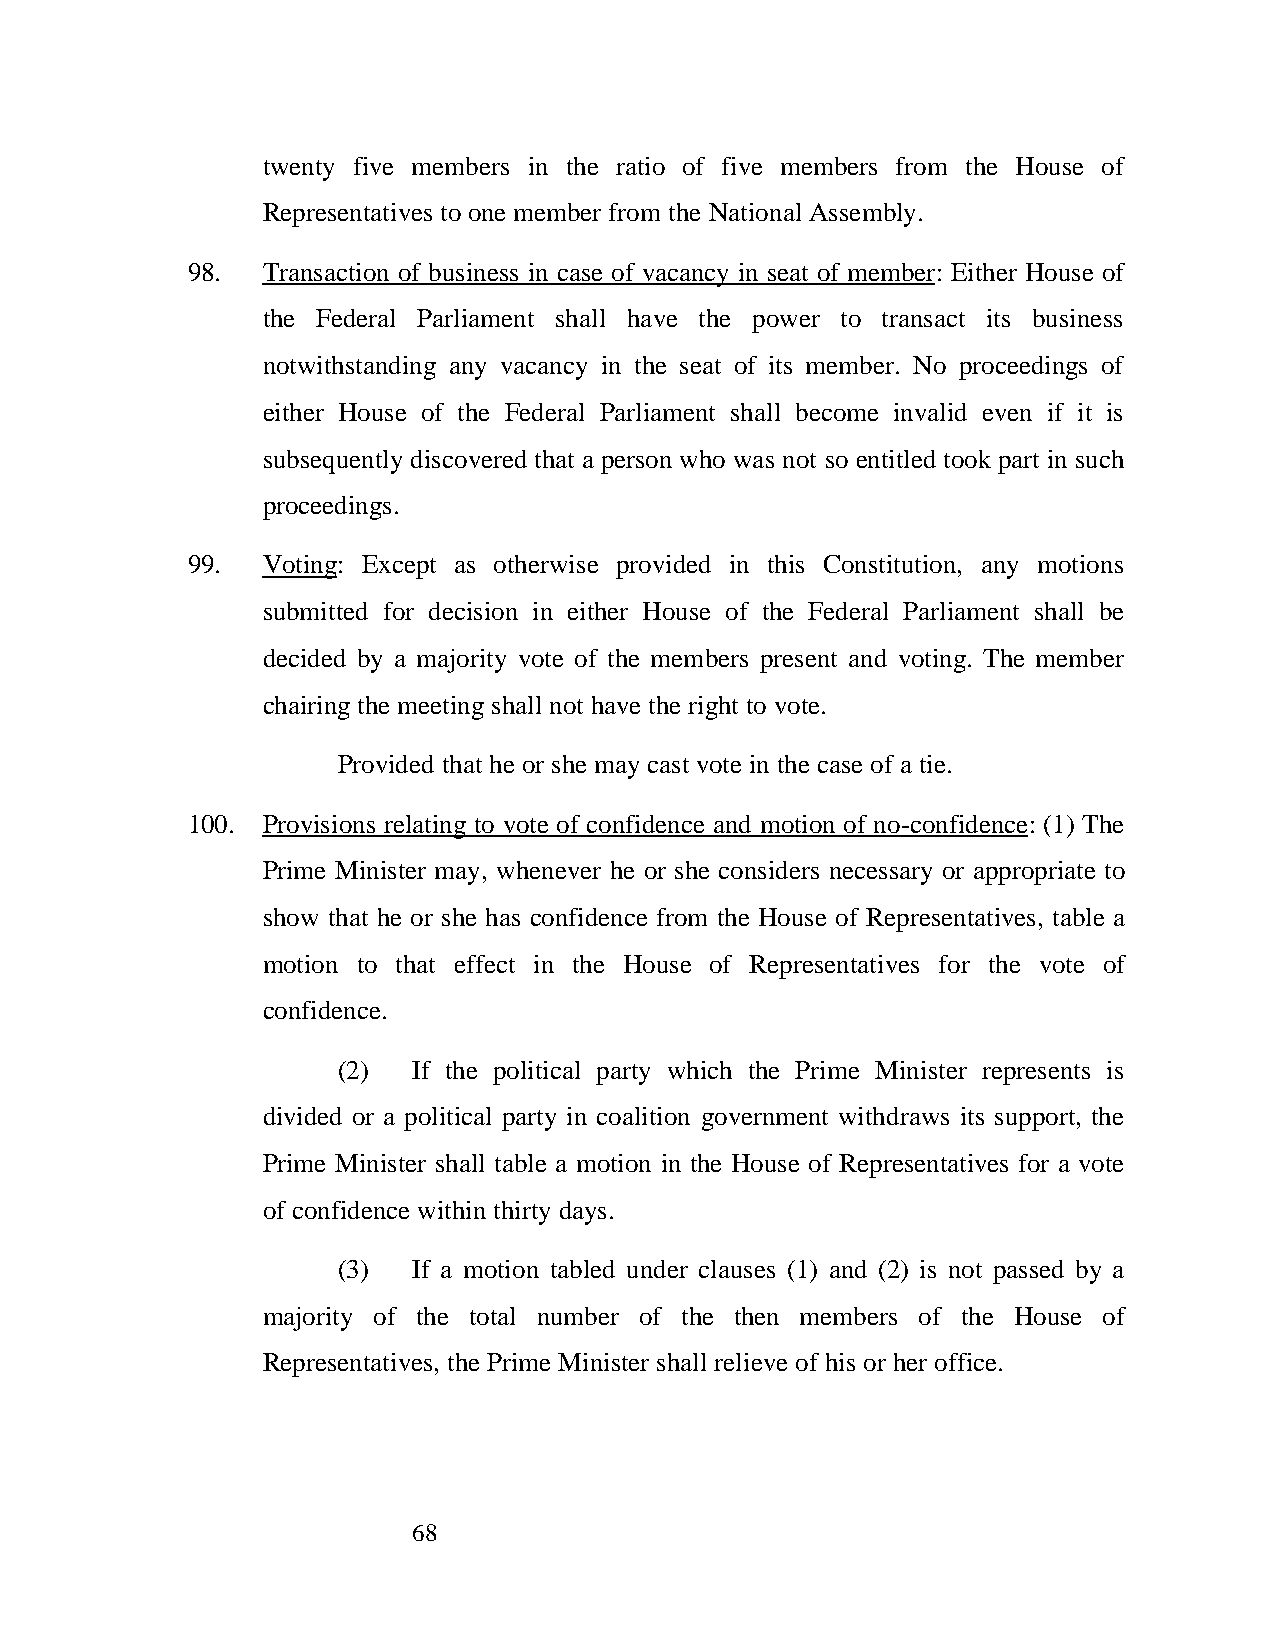
twenty five members in the ratio of five members from the House of
 Representatives to one member from the National Assembly.
 98.  Transaction of business in case of vacancy in seat of member: Either House of
 the Federal Parliament shall have the power to transact its business
 notwithstanding any vacancy in the seat of its member. No proceedings of
 either House of the Federal Parliament shall become invalid even if it is
 subsequently discovered that a person who was not so entitled took part in such
 proceedings.
 99.  Voting: Except as otherwise provided in this Constitution, any motions
 submitted for decision in either House of the Federal Parliament shall be
 decided by a majority vote of the members present and voting. The member
 chairing the meeting shall not have the right to vote.
 Provided that he or she may cast vote in the case of a tie.
 100. Provisions relating to vote of confidence and motion of no-confidence: (1) The
 Prime Minister may, whenever he or she considers necessary or appropriate to
 show that he or she has confidence from the House of Representatives, table a
 motion to that effect in the House of Representatives for the vote of
 confidence.
 (2)  If the political party which the Prime Minister represents is
 divided or a political party in coalition government withdraws its support, the
 Prime Minister shall table a motion in the House of Representatives for a vote
 of confidence within thirty days.
 (3)  If a motion tabled under clauses (1) and (2) is not passed by a
 majority of the total number of the then members of the House of
 Representatives, the Prime Minister shall relieve of his or her office.
 68